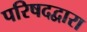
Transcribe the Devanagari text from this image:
परिषदद्वारा